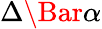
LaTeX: \Delta\Bar{\alpha}